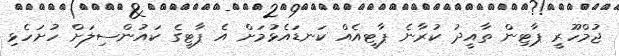
ޖުމްހޫރީ ޕާޓިން ތާއީދު ކުރާނެ ޕާޓީއެއް ކަނޑައެޅުމަށް އެ ޕާޓީގެ ކައުންސިލަށް ހުށަހެޅި